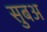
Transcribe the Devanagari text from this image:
सुबअ